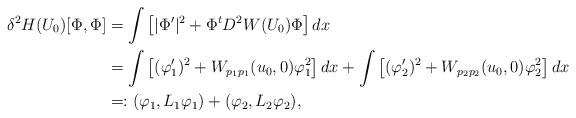
LaTeX: \begin{align*}\delta^2 H(U_0)[\Phi,\Phi] &= \int\left[ |\Phi'|^2 + \Phi^t D^2 W(U_0)\Phi \right] dx \\&= \int \left[ (\varphi'_1)^2 + W_{p_1 p_1}(u_0,0) \varphi_1^2\right] dx + \int \left[ (\varphi'_2)^2 + W_{p_2 p_2}(u_0,0) \varphi_2^2\right] dx \\ &=: (\varphi_1, L_1\varphi_1) + (\varphi_2, L_2\varphi_2),\end{align*}